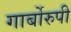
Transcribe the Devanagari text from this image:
गार्बोरुपी